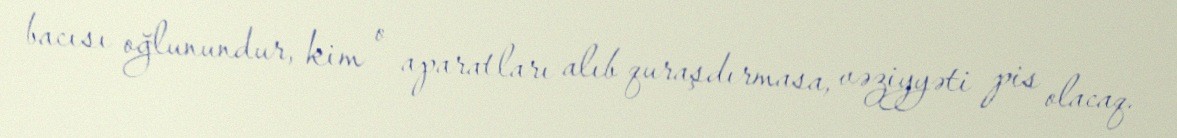
bacısı oğlunundur, kim o aparatları alıb quraşdırmasa, vəziyyəti pis olacaq.